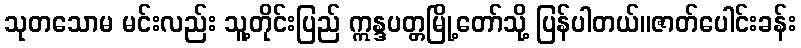
သုတသောမ မင်းလည်း သူ့တိုင်းပြည် ဣန္ဒပတ္တမြို့တော်သို့ ပြန်ပါတယ်။ဇာတ်ပေါင်းခန်း